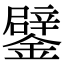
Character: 鐾